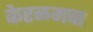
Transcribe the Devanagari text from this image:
केरळमचा